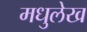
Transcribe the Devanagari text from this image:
मधुलेख